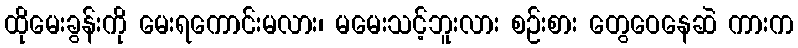
ထိုမေးခွန်းကို မေးရကောင်းမလား၊ မမေးသင့်ဘူးလား စဉ်းစား တွေဝေနေဆဲ ကားက